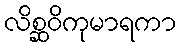
လိစ္ဆဝိကုမာရကာ